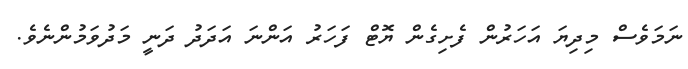
ނަމަވެސް މިދިޔަ އަހަރުން ފެށިގެން ޔޮޓް ފަހަރު އަންނަ އަދަދު ދަނީ މަދުވަމުންނެވެ.